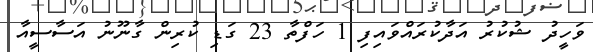
ވަހީދު ޝުކުރު އަދާކުރައްވައިފި 1 ހަފްތާ 23 ގަޑި ކުރިން ގާނޫނު އަސާސީއާ